King Institute of Preventive Medicine Micro-Biological Section reports 1912-19
Year: 1912
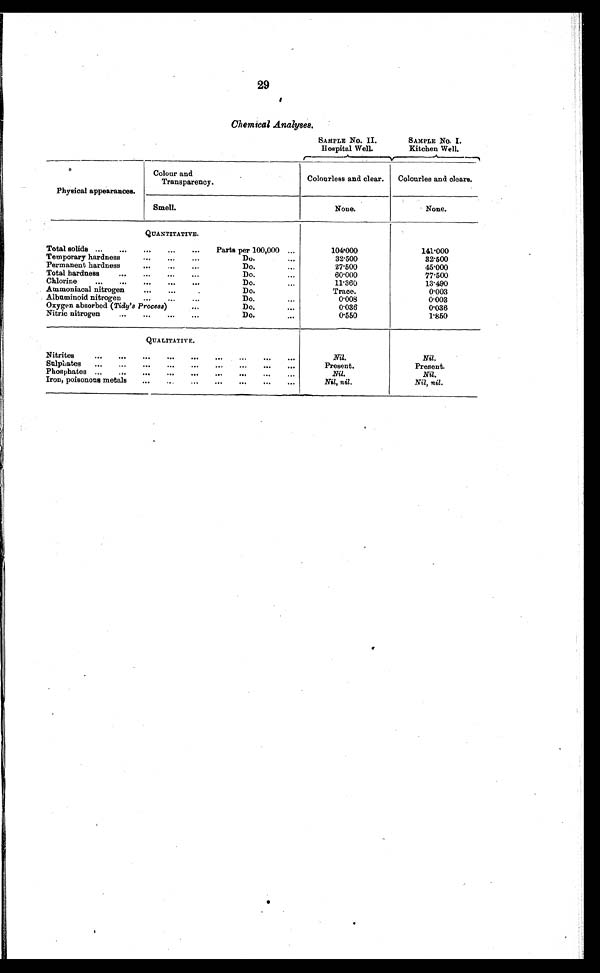
29
Chemical Analyses.
SAMPLE No. II.
hospital Well.
SAMPLE No. I.
Kitchen Well.
Physical appearances.
Clour and
Transparency.
Colourless and clear.
Colourles and clears.
Smell.
None.
None.
QUANTITATIVE.
Total solids
Parts per 100,000
104.000
141.000
Temporary hardness
Do.
32.500
32.500
Permanent hardness...
Do.
27.500
45.000
Total hardness
Do.
60.000
77.500
Chlorine
Do.
11.360
13.490
Ammoniacal nitrogen
D 0 . D o .
Trace.
0.003
Albuminoid nitrogen
Do.
0.008
0.003
Oxygen absorbed (Tidy's Process)
Do.
0.036
0.036
.
N Nitric nitrogen
Do.
0.550
1.850
QUALITATIVE.
Nitrites
Nil.
Nil.
Sulphates
Present.
Present.
Phosphates
Nil.
Nil.
Iron, poisonous metals
Nil, nil.
Nil, nil.